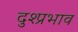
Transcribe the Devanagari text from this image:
दुश्प्रभाव